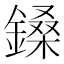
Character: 鎟